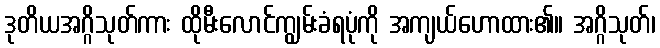
ဒုတိယအဂ္ဂိသုတ်ကား ထိုမီးလောင်ကျွမ်းခံရပုံကို အကျယ်ဟောထား၏။ အဂ္ဂိသုတ်၊